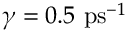
\gamma = 0 . 5 ~ \mathrm { p s } ^ { - 1 }